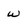
Character: w